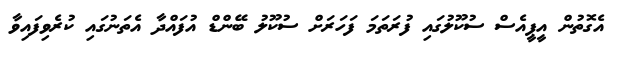
އެގޮތުން އީޕީއެސް ސުކޫލުގައި ފުރަތަމަ ފަހަރަށް ސުކޫލު ބޭންޑް އުފައްދާ އެތަނުގައި ކުރެވިފައިވާ